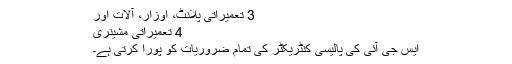
3 تعمیراتی پلانٹ، اوزار، آلات اور
4 تعمیراتی مشینری
ایس جی آئی کی پالیسی کنٹریکٹر کی تمام ضروریات کو پورا کرتی ہے۔